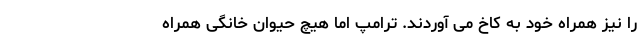
را نیز همراه خود به کاخ می آوردند. ترامپ اما هیچ حیوان خانگی همراه